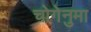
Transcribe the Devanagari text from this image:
चोगेनुमा